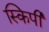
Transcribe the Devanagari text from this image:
स्किपी